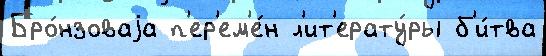
Бро́нзоваjа п'ер'ем'е́н л'ит'ерату́ры б'и́тва